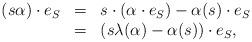
LaTeX: \begin{align*} \begin{array}{rcl} (s \alpha) \cdot e_S & = & s \cdot(\alpha \cdot e_S) -\alpha(s) \cdot e_S \\ & = & (s \lambda(\alpha) - \alpha(s)) \cdot e_S, \end{array} \end{align*}